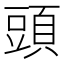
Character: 頭